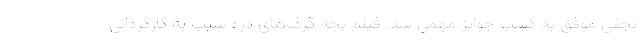
نجفی موفق به کسب جوایز مهمی شد. فیلم بچه گرگ‌های دره سیب به کارگردانی